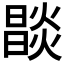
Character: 𤏒